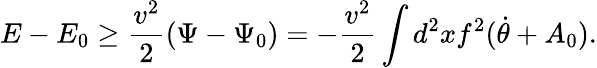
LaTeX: E-E_{0}\ge\frac{v^{2}}{2}(\Psi-\Psi_{0})=-\frac{v^{2}}{2}\int d^{2}xf^{2}(\dot{\theta}+A_{0}).